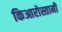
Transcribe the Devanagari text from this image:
किआरोस्तामी